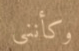
وكأنني